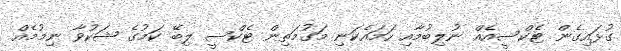
ގުޅައިގެން ޓެކްސީއެއް ނުލިބުމާއި ހަމައެކަނި މަގުމަތިން ޓެކްސީ ލިބޭ ކަމުގެ ޝަކުވާ ނިމުމެއް